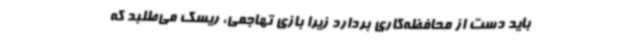
باید دست از محافظه‌کاری بردارد زیرا بازی تهاجمی، ریسک می‌طلبد که